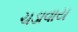
ચડાવાય